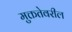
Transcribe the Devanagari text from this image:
मुक्ततेवरील